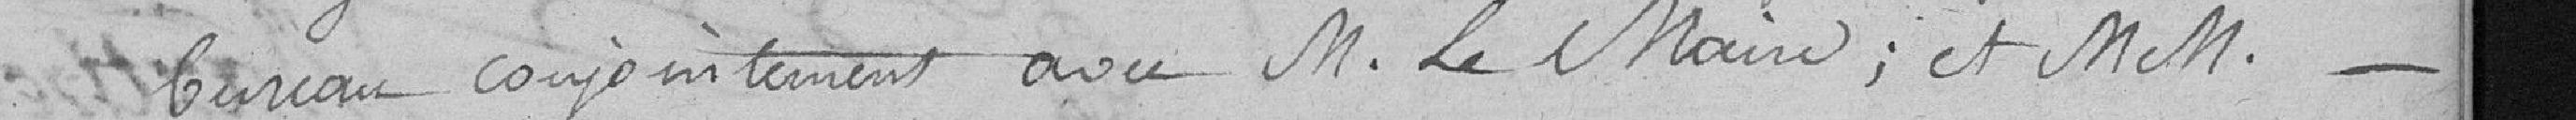
bureau conjointement avec M. Le Maire, et MM.